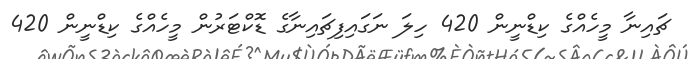
ޗައިނާ މީހެއްގެ ކިޑްނީން 420 ހިލަ ނަގައިފިޗައިނާގެ ޑޮކްޓަރުން މީހެއްގެ ކިޑްނީން 420